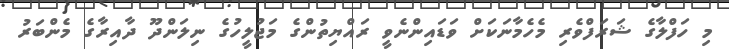
މި ހަފްލާގެ ޝަރަފްވެރި މެހެމާނަކަށް ވަޑައިންނެވީ ރައްޔިތުންގެ މަޖުލީހުގެ ނިލަންދޫ ދާއިރާގެ މެންބަރު